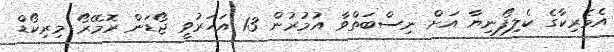
އެމެރިކާގެ ކެލިފޯނިޔާ އަށް ނިސްބަތްވާ އުމުރުން 13 އަހަރުވީ ޖޯޑަން ރޮމޭރޯ މިރިކޯޑް